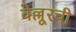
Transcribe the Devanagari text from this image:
वेल्लूरची